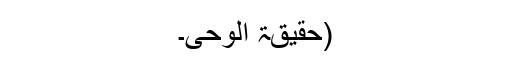
(حقیقۃ الوحی۔